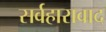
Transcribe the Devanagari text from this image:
सर्वहारावाद